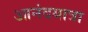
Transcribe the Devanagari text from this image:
आनंदयात्रा